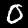
Label: 0